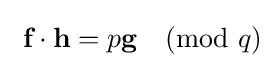
\ {\textbf {f}}\cdot {\textbf {h}}=p{\textbf {g}}{\pmod {q}}